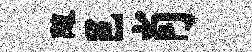
随邑肖